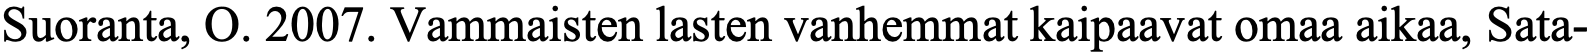
Suoranta, O. 2007. Vammaisten lasten vanhemmat kaipaavat omaa aikaa, Sata-